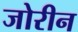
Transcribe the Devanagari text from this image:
जोरीन